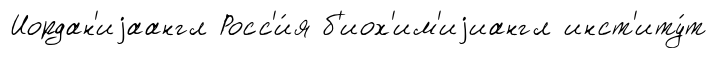
Иордан'иjаангл Росс'и́я б'иох'им'иjиангл инст'иту́т